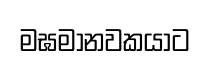
මඝමානවකයාට